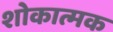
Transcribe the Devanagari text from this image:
शोकात्मक